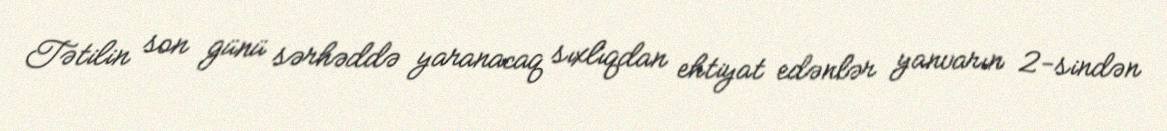
Tətilin son günü sərhəddə yaranacaq sıxlıqdan ehtiyat edənlər yanvarın 2-sindən